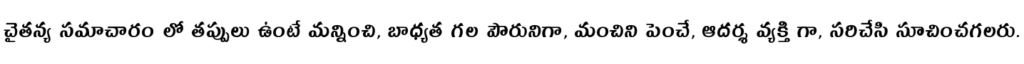
చైతన్య సమాచారం లో తప్పులు ఉంటే మన్నించి, బాధ్యత గల పౌరునిగా, మంచిని పెంచే, ఆదర్శ వ్యక్తి గా, సరిచేసి సూచించగలరు.